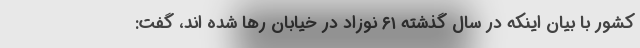
کشور با بیان اینکه در سال گذشته ۶۱ نوزاد در خیابان رها شده اند، گفت: